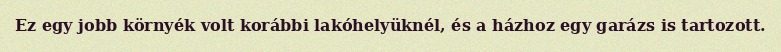
Ez egy jobb környék volt korábbi lakóhelyüknél, és a házhoz egy garázs is tartozott.